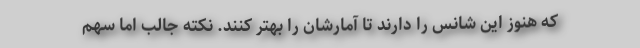
که هنوز این شانس را دارند تا آمارشان را بهتر کنند. نکته جالب اما سهم